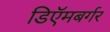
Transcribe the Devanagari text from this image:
डिऍमबर्गर